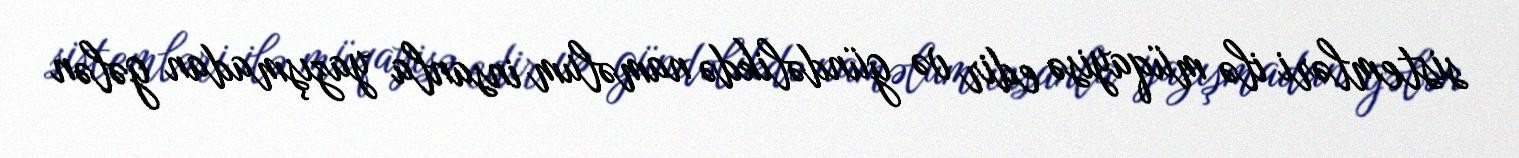
sistemləri ilə müqayisə edir və gündəlikdə naməlum insanla yazışmadan gələn